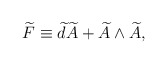
\begin{align*}\widetilde{F}\equiv \widetilde{d}\widetilde{A}+\widetilde{A}\wedge\widetilde{A} , \end{align*}